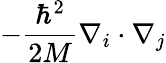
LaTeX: -{\frac{\hbar^{2}}{2M}}\nabla_{i}\cdot\nabla_{j}